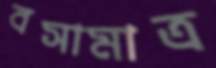
বসামাত্র